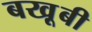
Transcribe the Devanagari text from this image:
बखू़बी